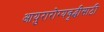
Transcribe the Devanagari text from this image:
आयुरारोग्यवृद्धीसाठी